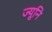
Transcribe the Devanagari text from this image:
ज्यूनि